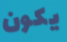
يكون